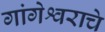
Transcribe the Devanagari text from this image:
गांगेश्वराचे